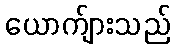
ယောက်ျားသည်